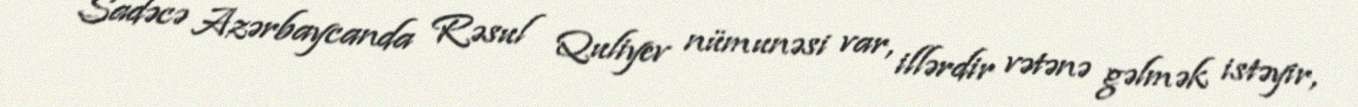
Sadəcə Azərbaycanda Rəsul Quliyev nümunəsi var, illərdir vətənə gəlmək istəyir,